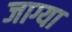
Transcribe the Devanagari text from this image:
जाग्या